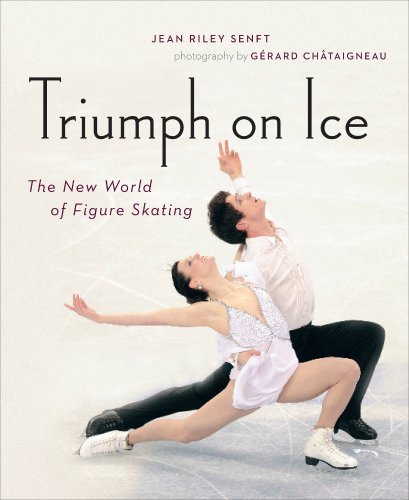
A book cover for Triumph on Ice: The New World of Figure Skating; Jean Riley Senft; Sports & Outdoors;